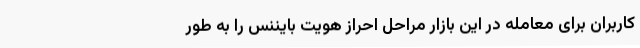
کاربران برای معامله در این بازار مراحل احراز هویت بایننس را به طور